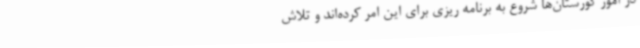
در امور گورستان‌ها شروع به برنامه ریزی برای این امر کرده‌اند و تلاش